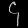
Digit: ၄